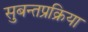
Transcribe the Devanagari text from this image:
सुबन्तप्रक्रिया